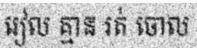
រៀល គ្មាន រត់ ចោល